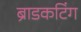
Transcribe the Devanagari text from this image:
ब्राडकटिंग